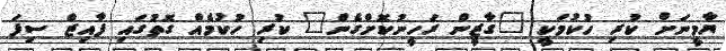
ޔާމީނަށް ކުރި ހުކުމަކީ "ގާޒީން ރަހީނުކޮށްގެން" ކުރި ހުކުމެއް ގޮތުގައި ފާއިޒް ސިފަ